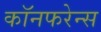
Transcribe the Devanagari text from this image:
कॉनफरेन्स